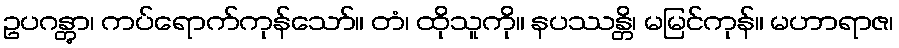
ဥပဂန္တွာ၊ ကပ်ရောက်ကုန်သော်။ တံ၊ ထိုသူကို။ နပဿန္တိ၊ မမြင်ကုန်။ မဟာရာဇ၊